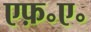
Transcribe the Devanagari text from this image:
एफ़॰ए॰